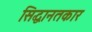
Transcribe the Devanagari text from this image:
सिद्धानतकार